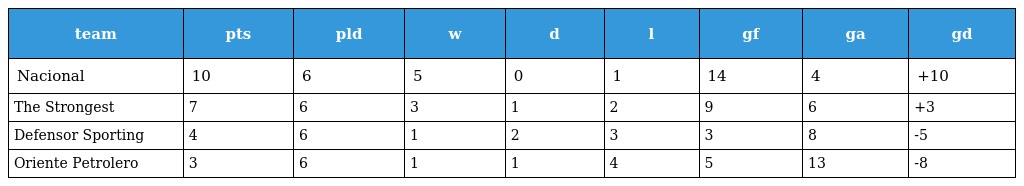
| team | pts | pld | w | d | l | gf | ga | gd |
 | --- | --- | --- | --- | --- | --- | --- | --- | --- |
 | Nacional | 10 | 6 | 5 | 0 | 1 | 14 | 4 | +10 |
 | The Strongest | 7 | 6 | 3 | 1 | 2 | 9 | 6 | +3 |
 | Defensor Sporting | 4 | 6 | 1 | 2 | 3 | 3 | 8 | -5 |
 | Oriente Petrolero | 3 | 6 | 1 | 1 | 4 | 5 | 13 | -8 |